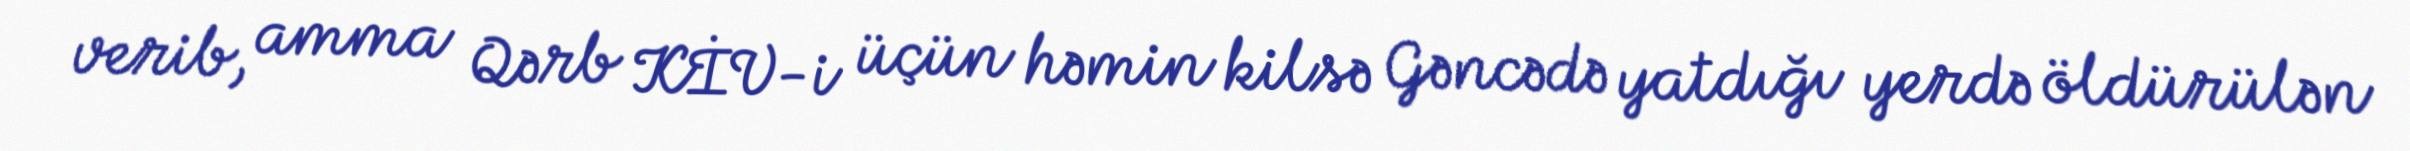
verib, amma Qərb KİV-i üçün həmin kilsə Gəncədə yatdığı yerdə öldürülən